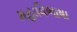
મહાવિભાષા